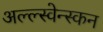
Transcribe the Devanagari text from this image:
अल्ल्स्वेन्स्कन